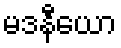
မဒနီယော